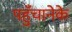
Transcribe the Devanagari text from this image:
पहुँचानेके